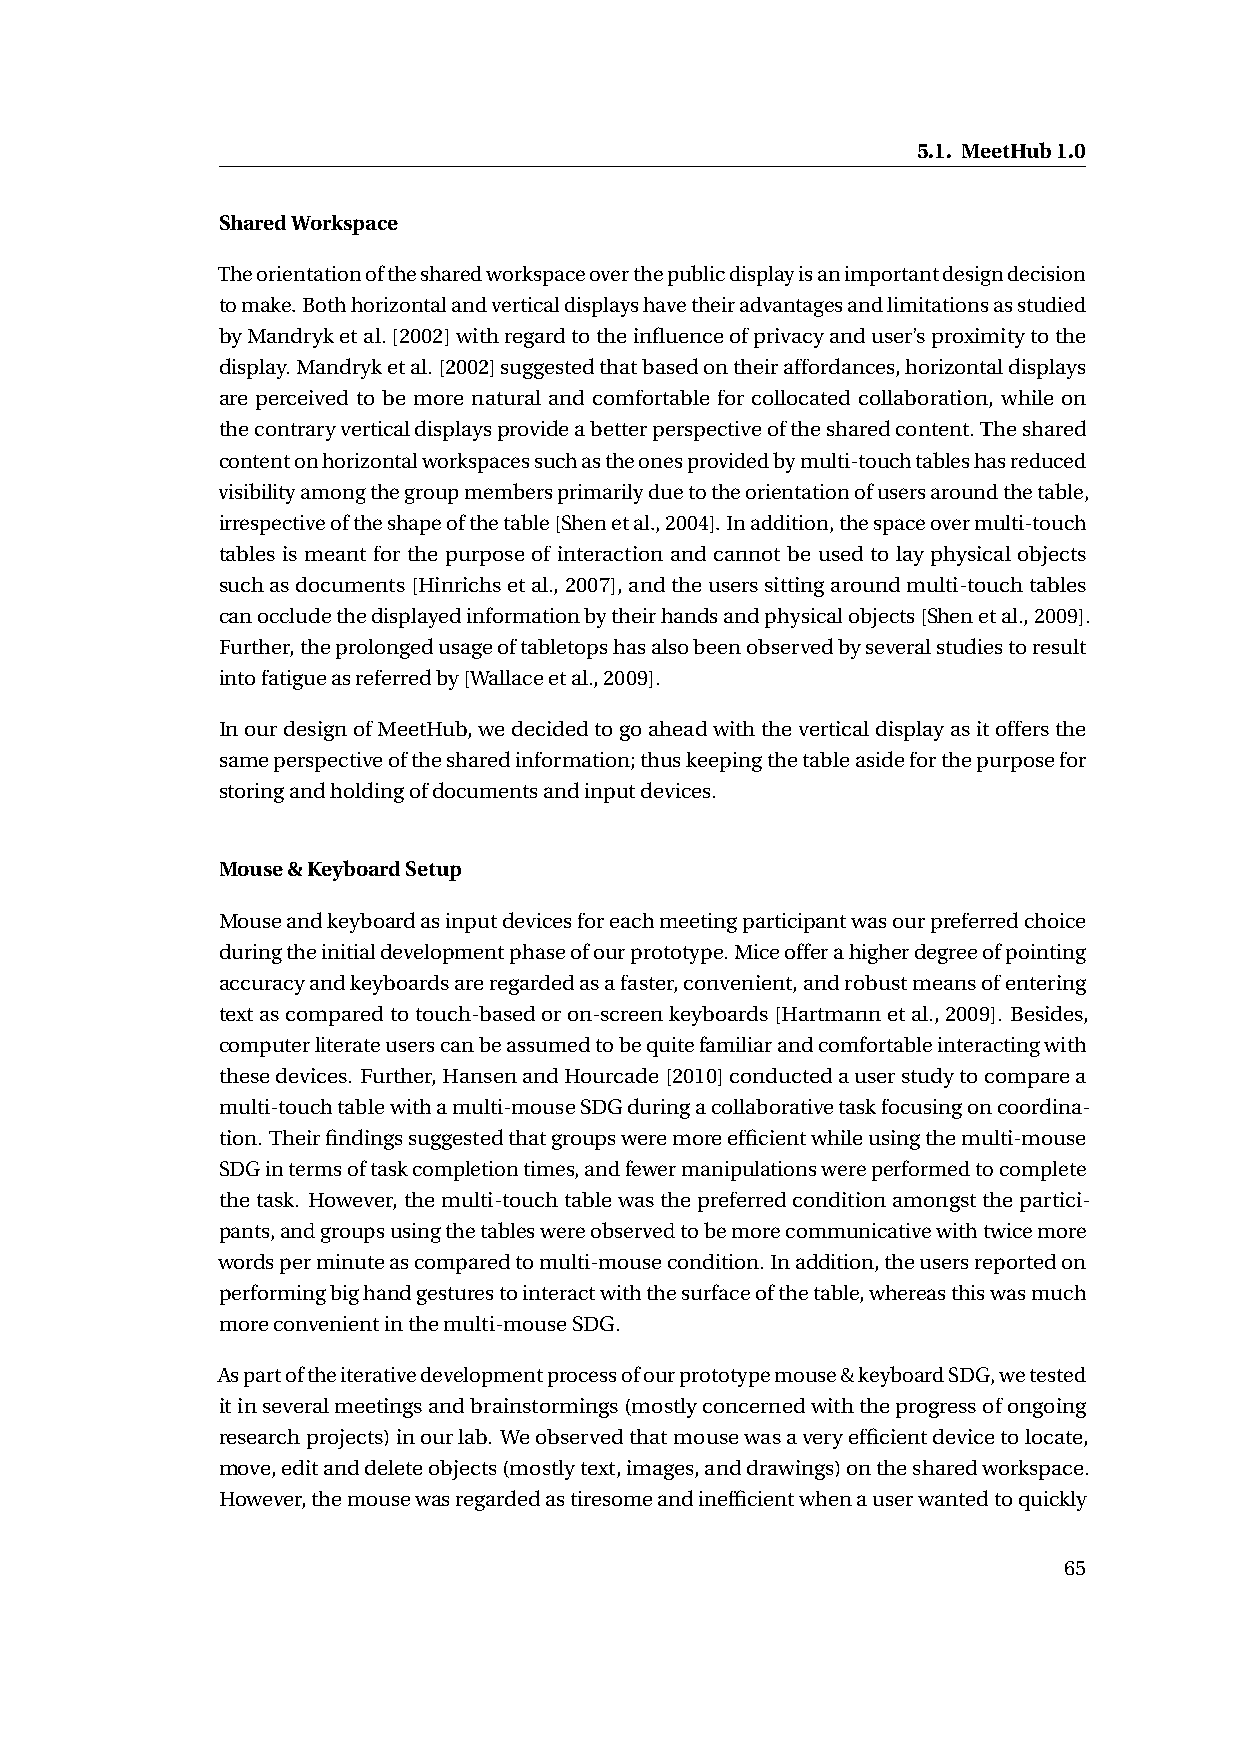
5.1. MeetHub1.0
 SharedWorkspace
 Theorientationofthesharedworkspaceoverthepublicdisplayisanimportantdesigndecision
 tomake.Bothhorizontalandverticaldisplayshavetheiradvantagesandlimitationsasstudied
 byMandryketal.[2002]withregardtotheinfluenceofprivacyanduser’sproximitytothe
 display.Mandryketal.[2002]suggestedthatbasedontheiraffordances,horizontaldisplays
 are perceived to be more natural and comfortable for collocated collaboration, while on
 thecontraryverticaldisplaysprovideabetterperspectiveofthesharedcontent.Theshared
 contentonhorizontalworkspacessuchastheonesprovidedbymulti-touchtableshasreduced
 visibilityamongthegroupmembersprimarilyduetotheorientationofusersaroundthetable,
 irrespectiveoftheshapeofthetable[Shenetal.,2004].Inaddition,thespaceovermulti-touch
 tables is meant for the purpose of interaction and cannot be used to lay physical objects
 suchasdocuments[Hinrichsetal.,2007],andtheuserssittingaroundmulti-touchtables
 canoccludethedisplayedinformationbytheirhandsandphysicalobjects[Shenetal.,2009].
 Further,theprolongedusageoftabletopshasalsobeenobservedbyseveralstudiestoresult
 intofatigueasreferredby[Wallaceetal.,2009].
 InourdesignofMeetHub,wedecidedtogoaheadwiththeverticaldisplayasitoffersthe
 sameperspectiveofthesharedinformation;thuskeepingthetableasideforthepurposefor
 storingandholdingofdocumentsandinputdevices.
 Mouse&KeyboardSetup
 Mouseandkeyboardasinputdevicesforeachmeetingparticipantwasourpreferredchoice
 duringtheinitialdevelopmentphaseofourprototype.Miceofferahigherdegreeofpointing
 accuracyandkeyboardsareregardedasafaster,convenient,androbustmeansofentering
 textascomparedtotouch-basedoron-screenkeyboards[Hartmannetal.,2009]. Besides,
 computerliterateuserscanbeassumedtobequitefamiliarandcomfortableinteractingwith
 thesedevices. Further,HansenandHourcade[2010]conductedauserstudytocomparea
 multi-touchtablewithamulti-mouseSDGduringacollaborativetaskfocusingoncoordina-
 tion.Theirfindingssuggestedthatgroupsweremoreefficientwhileusingthemulti-mouse
 SDGintermsoftaskcompletiontimes,andfewermanipulationswereperformedtocomplete
 thetask. However,themulti-touchtablewasthepreferredconditionamongstthepartici-
 pants,andgroupsusingthetableswereobservedtobemorecommunicativewithtwicemore
 wordsperminuteascomparedtomulti-mousecondition.Inaddition,theusersreportedon
 performingbighandgesturestointeractwiththesurfaceofthetable,whereasthiswasmuch
 moreconvenientinthemulti-mouseSDG.
 Aspartoftheiterativedevelopmentprocessofourprototypemouse&keyboardSDG,wetested
 itinseveralmeetingsandbrainstormings(mostlyconcernedwiththeprogressofongoing
 researchprojects)inourlab. Weobservedthatmousewasaveryefficientdevicetolocate,
 move,editanddeleteobjects(mostlytext,images,anddrawings)onthesharedworkspace.
 However,themousewasregardedastiresomeandinefficientwhenauserwantedtoquickly
 65